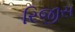
રિજીસ